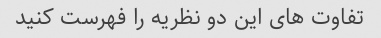
تفاوت های این دو نظریه را فهرست کنید